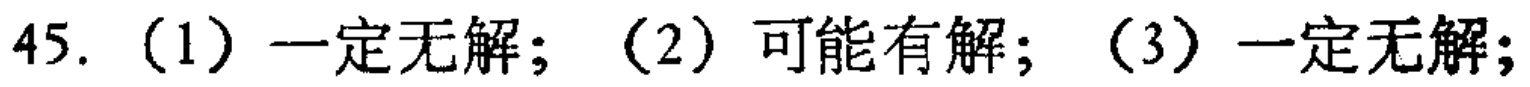
45. （1）一定无解；（2）可能有解；（3）一定无解；